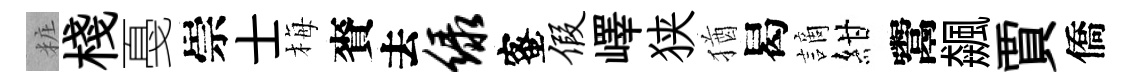
粧棧戞崇士梅賚去绿蜜假嶧狭猶曷謫紺鬻飆賈僑